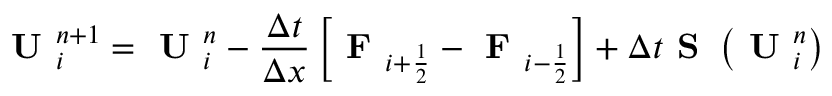
\textbf { U } _ { i } ^ { n + 1 } = \textbf { U } _ { i } ^ { n } - \frac { \Delta t } { \Delta x } \left[ \textbf { F } _ { i + \frac { 1 } { 2 } } - \textbf { F } _ { i - \frac { 1 } { 2 } } \right] + \Delta t \textbf { S } \left( \textbf { U } _ { i } ^ { n } \right)